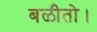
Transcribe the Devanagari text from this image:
बळीतो।